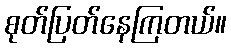
စုတ်ပြတ်နေကြတယ်။